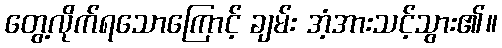
တွေ့လိုက်ရသောကြောင့် ချမ်း အံ့အားသင့်သွား၏။